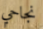
نجاحي